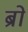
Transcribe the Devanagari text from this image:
ब्रो